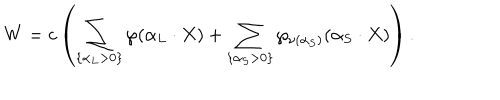
LaTeX: W = c \left( \sum _ { \{ \alpha _ { L } > 0 \} } \wp ( \alpha _ { L } \cdot X ) + \sum _ { \{ \alpha _ { S } > 0 \} } \wp _ { \nu ( \alpha _ { S } ) } ( \alpha _ { S } \cdot X ) \right) .